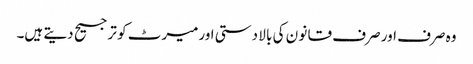
وہ صرف اور صرف قا نو ن کی با لا دستی اورمیرٹ کو ترجیح دیتے ہیں۔